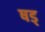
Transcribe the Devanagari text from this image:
षड्‍